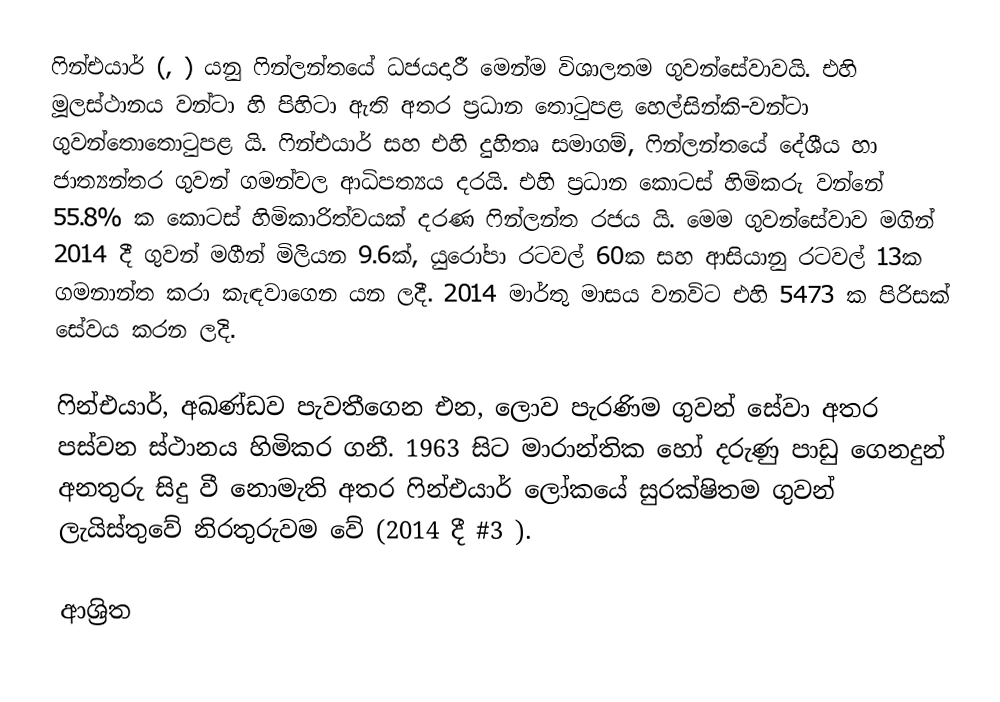
ෆින්එයාර් (, ) යනු ෆින්ලන්තයේ ධජයදාරී මෙන්ම විශාලතම ගුවන්සේවාවයි. එහි මූලස්ථානය වන්ටා හි පිහිටා ඇති අතර ප්‍රධාන තොටුපළ හෙල්සින්කි-වන්ටා ගුවන්තොතොටුපළ යි. ෆින්එයාර් සහ එහි දුහිතෘ සමාගම්, ෆින්ලන්තයේ දේශීය හා ජාත්‍යන්තර ගුවන් ගමන්වල ආධිපත්‍යය දරයි. එහි ප්‍රධාන කොටස් හිමිකරු වන්නේ 55.8% ක කොටස් හිමිකාරිත්වයක් දරණ ෆින්ලන්ත රජය යි. මෙම ගුවන්සේවාව මගින් 2014 දී ගුවන් මගීන් මිලියන 9.6ක්, යුරෝපා රටවල් 60ක සහ ආසියානු රටවල් 13ක ගමනාන්ත කරා කැඳවාගෙන යන ලදී. 2014 මාර්තු මාසය වනවිට එහි 5473 ක පිරිසක් සේවය කරන ලදි.

ෆින්එයාර්, අඛණ්ඩව පැවතීගෙන එන, ලොව පැරණිම ගුවන් සේවා අතර පස්වන ස්ථානය හිමිකර ගනී. 1963 සිට මාරාන්තික හෝ දරුණු පාඩු ගෙනදුන් අනතුරු සිදු වී නොමැති අතර ෆින්එයාර් ලෝකයේ සුරක්ෂිතම ගුවන් ලැයිස්තුවේ නිරතුරුවම වේ (2014 දී #3 ).

ආශ්‍රිත